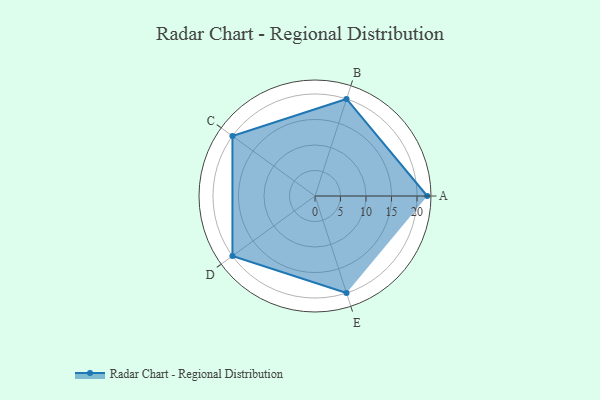
{"axis": {"x": "Skill", "y": "Score"}, "legend": ["Profile"], "data": [{"x": "A", "y": 22.0, "type": "Profile"}, {"x": "B", "y": 20, "type": "Profile"}, {"x": "C", "y": 20, "type": "Profile"}, {"x": "D", "y": 20, "type": "Profile"}, {"x": "E", "y": 20, "type": "Profile"}]}